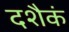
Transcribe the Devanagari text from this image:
दशैकं